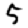
Digit: 5